EELK_Kaarma_kogudus, lk 23
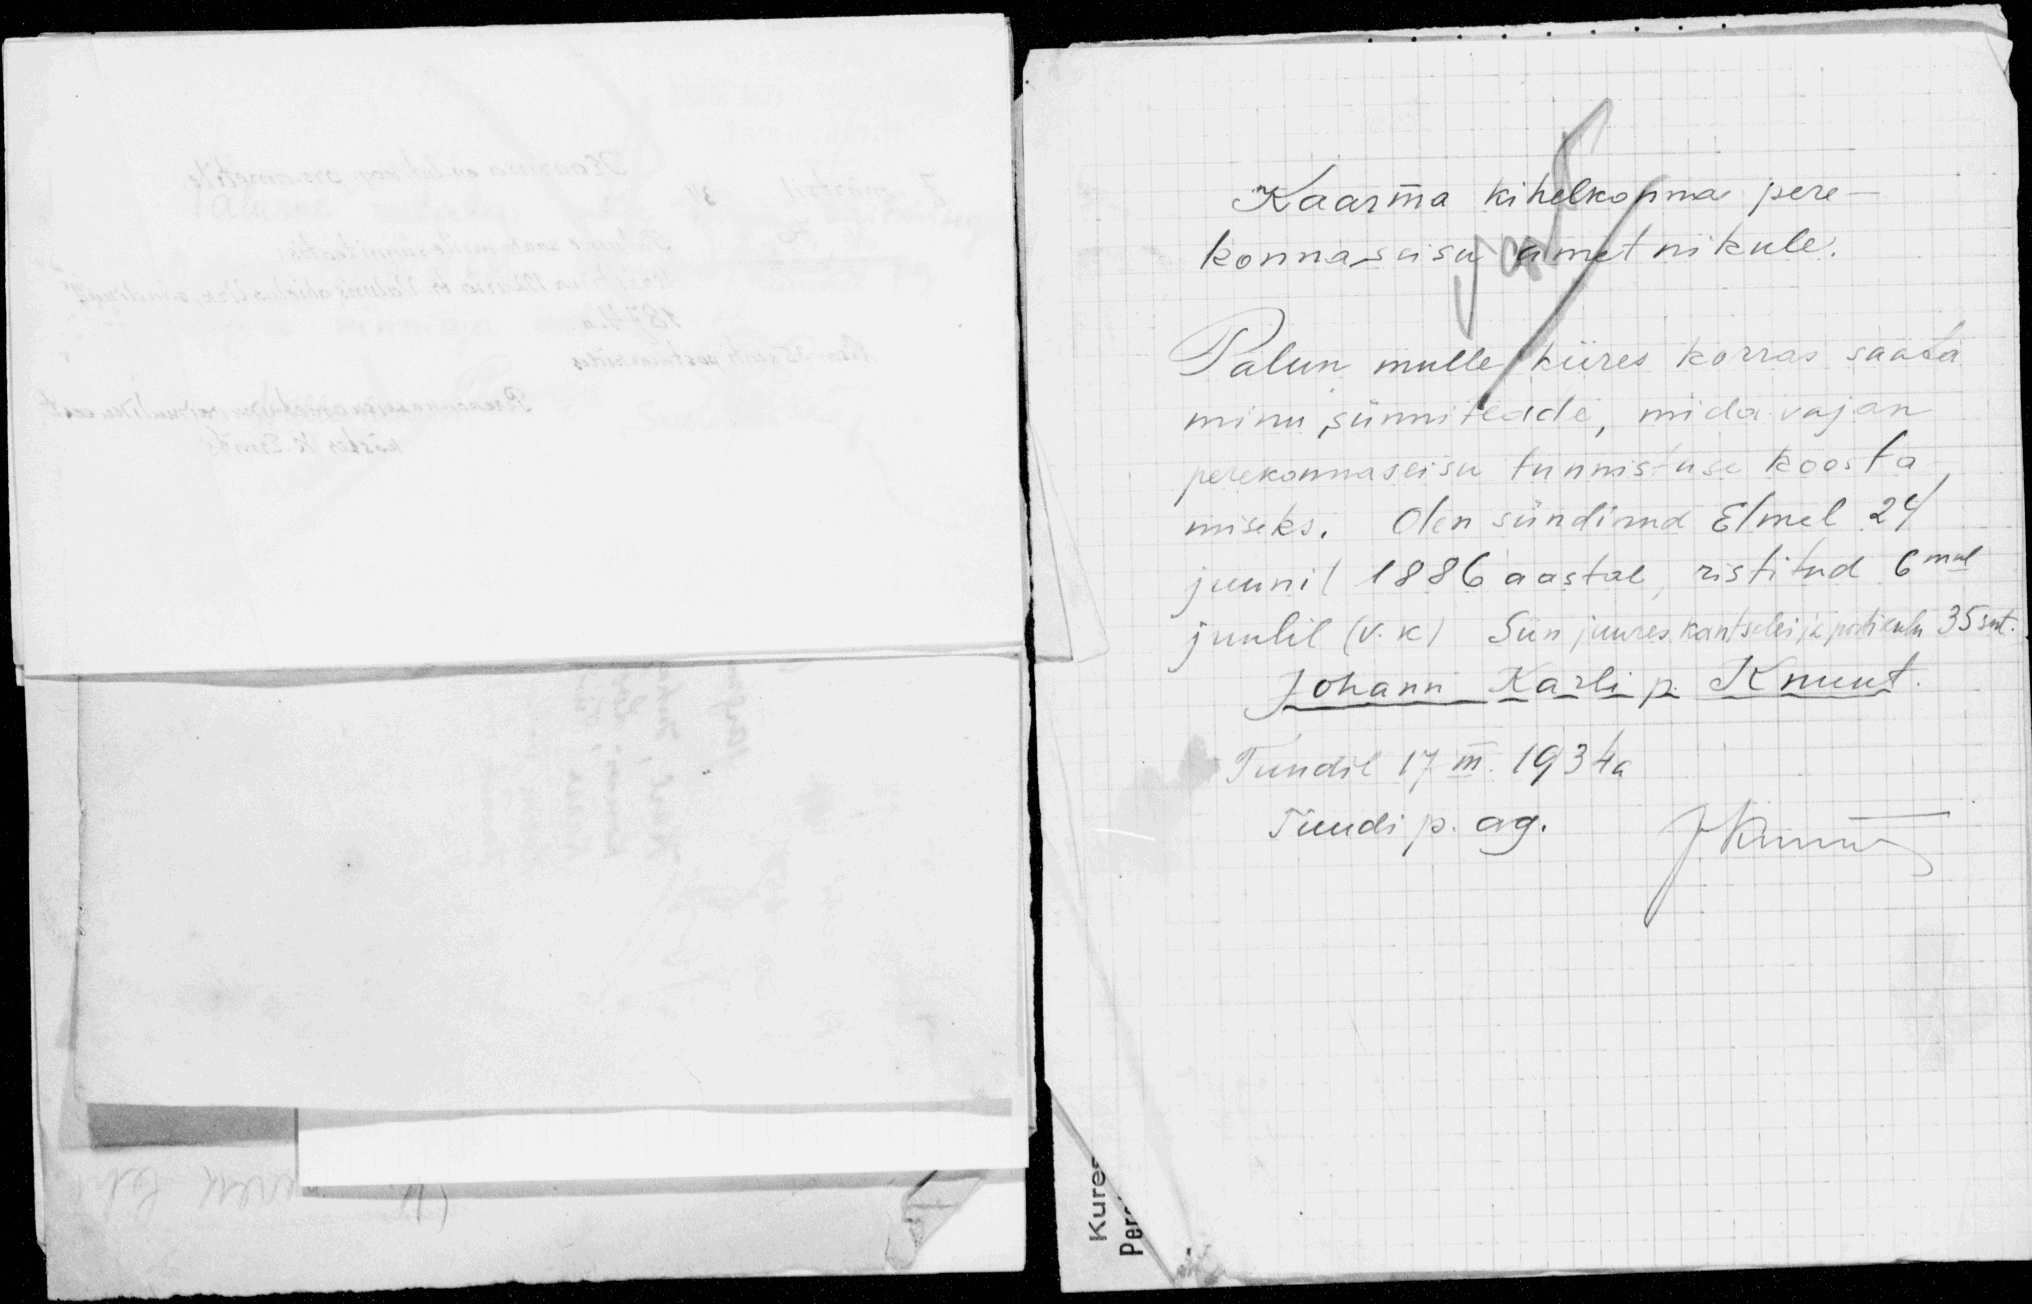
Kaarma kihelkonna pere-
konnaseisu ametnikule.
Palun mulle kiires korras saata
minu sünniteade, mida vajan
perekonnaseisu tunnistuse koosta
miseks. Olen sündinud Elmel 24
juunil 1886 aastal, ristitud 6mal
juulil (v.k) Siin juures kantselei ja postikulu 35 snt
Johann Karli p. Knuut
Tuudil 17 m. 1934 a.
Tuudi p. ag.
J kinni